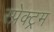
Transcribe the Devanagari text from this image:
स्प्रेक्ट्रम